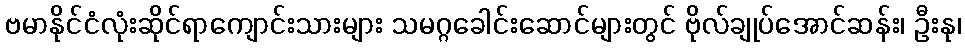
ဗမာနိုင်ငံလုံးဆိုင်ရာကျောင်းသားများ သမဂ္ဂခေါင်းဆောင်များတွင် ဗိုလ်ချုပ်အောင်ဆန်း၊ ဦးနု၊